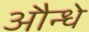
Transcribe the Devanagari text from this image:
औन्धे